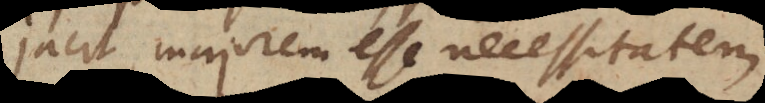
jacit majorem esse necessitatem,